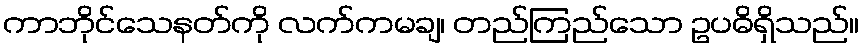
ကာဘိုင်သေနတ်ကို လက်ကမချ၊ တည်ကြည်သော ဥပဓိရှိသည်။